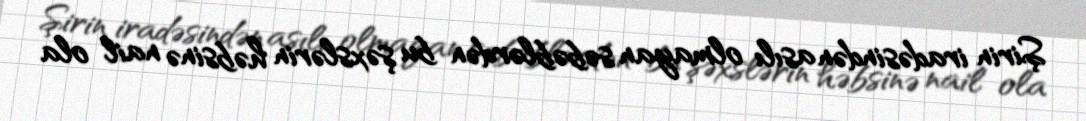
Şirin iradəsindən asılı olmayan səbəblərdən bu şəxslərin həbsinə nail ola